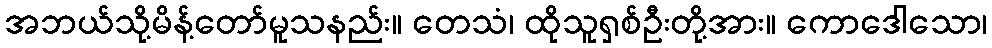
အဘယ်သို့မိန့်တော်မူသနည်း။ တေသံ၊ ထိုသူရှစ်ဦးတို့အား။ ကောဒေါသော၊